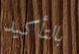
بالتأكيد